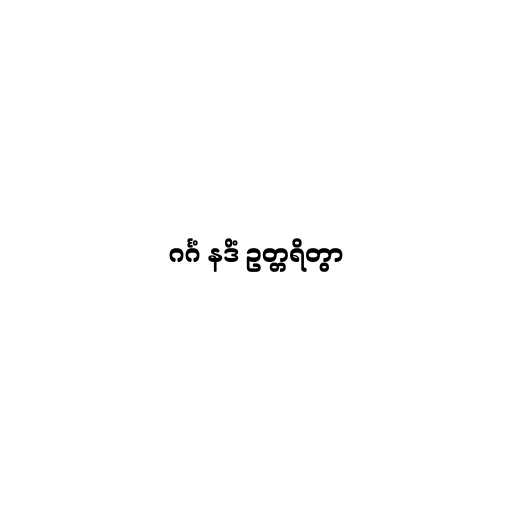
ဂင်္ဂံ နဒိံ ဥတ္တရိတွာ